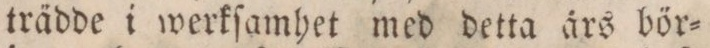
trädde i werkſamhet med detta års bör=